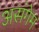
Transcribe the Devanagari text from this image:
असंगेम